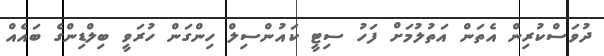
ދުވަސްކުރިން އެތަން އަތުލުމަށް ފަހު ސިޓީ ކައުންސިލް ހިންގަން ހުރަވީ ބިލްޑިންގެ ބައެއް